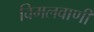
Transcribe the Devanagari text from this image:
विमलवाणी